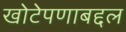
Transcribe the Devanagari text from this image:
खोटेपणाबद्दल